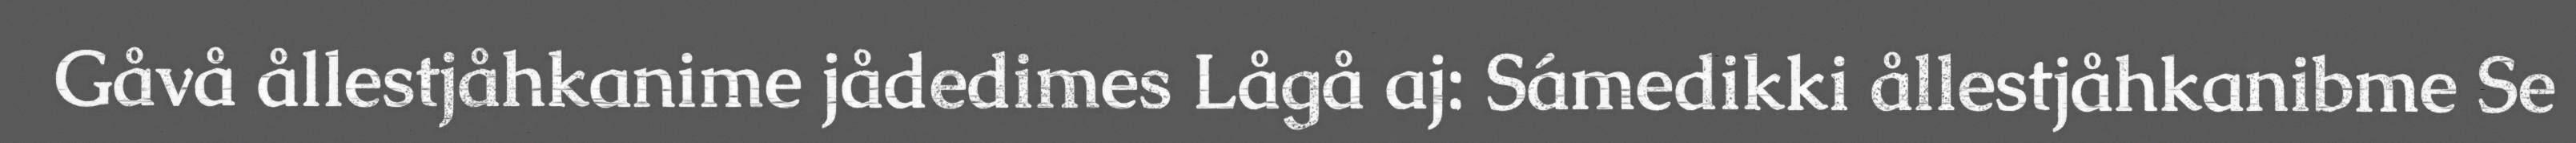
Gåvå ållestjåhkanime jådedimes Lågå aj: Sámedikki ållestjåhkanibme Se